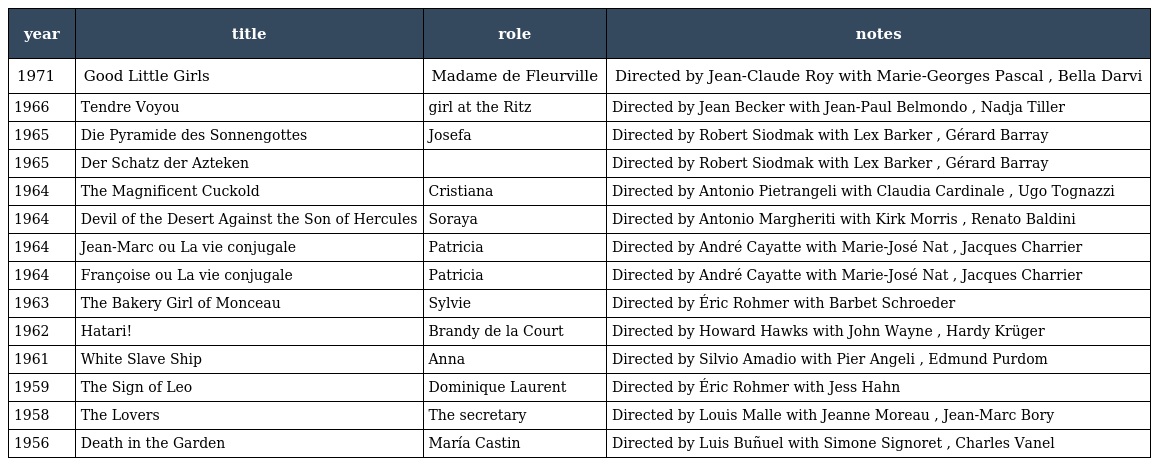
| year | title | role | notes |
 | --- | --- | --- | --- |
 | 1971 | Good Little Girls | Madame de Fleurville | Directed by Jean-Claude Roy with Marie-Georges Pascal , Bella Darvi |
 | 1966 | Tendre Voyou | girl at the Ritz | Directed by Jean Becker with Jean-Paul Belmondo , Nadja Tiller |
 | 1965 | Die Pyramide des Sonnengottes | Josefa | Directed by Robert Siodmak with Lex Barker , Gérard Barray |
 | 1965 | Der Schatz der Azteken |  | Directed by Robert Siodmak with Lex Barker , Gérard Barray |
 | 1964 | The Magnificent Cuckold | Cristiana | Directed by Antonio Pietrangeli with Claudia Cardinale , Ugo Tognazzi |
 | 1964 | Devil of the Desert Against the Son of Hercules | Soraya | Directed by Antonio Margheriti with Kirk Morris , Renato Baldini |
 | 1964 | Jean-Marc ou La vie conjugale | Patricia | Directed by André Cayatte with Marie-José Nat , Jacques Charrier |
 | 1964 | Françoise ou La vie conjugale | Patricia | Directed by André Cayatte with Marie-José Nat , Jacques Charrier |
 | 1963 | The Bakery Girl of Monceau | Sylvie | Directed by Éric Rohmer with Barbet Schroeder |
 | 1962 | Hatari! | Brandy de la Court | Directed by Howard Hawks with John Wayne , Hardy Krüger |
 | 1961 | White Slave Ship | Anna | Directed by Silvio Amadio with Pier Angeli , Edmund Purdom |
 | 1959 | The Sign of Leo | Dominique Laurent | Directed by Éric Rohmer with Jess Hahn |
 | 1958 | The Lovers | The secretary | Directed by Louis Malle with Jeanne Moreau , Jean-Marc Bory |
 | 1956 | Death in the Garden | María Castin | Directed by Luis Buñuel with Simone Signoret , Charles Vanel |